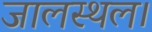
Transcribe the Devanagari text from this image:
जालस्थल।